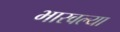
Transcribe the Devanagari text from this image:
भारवल्या